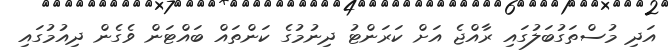
އަދި މުސްތަގުބަލުގައި ރާއްޖެ އަށް ކަރަންޓު ދިނުމުގެ ކަންތައް ބައްޓަން ވެގެން ދިއުމުގައި